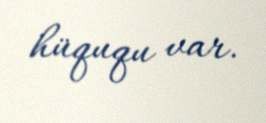
hüququ var.